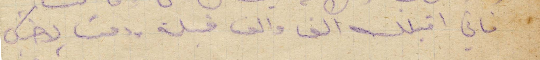
فاني اقبلك الف والف قبلة ودمت لاخيك